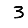
Digit: 3